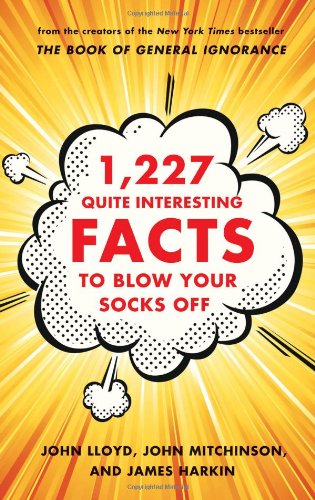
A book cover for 1,227 Quite Interesting Facts to Blow Your Socks Off; John Lloyd; Humor & Entertainment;